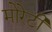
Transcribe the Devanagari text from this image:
मोरेटी